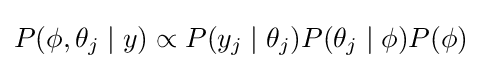
P(\phi ,\theta _{j}\mid y)\propto P(y_{j}\mid \theta _{j})P(\theta _{j}\mid \phi )P(\phi )